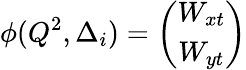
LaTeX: \phi(Q^{2},\Delta_{i})=\left(\begin{array}{c}{{W_{xt}}}\\ {{W_{yt}}}\end{array}\right)